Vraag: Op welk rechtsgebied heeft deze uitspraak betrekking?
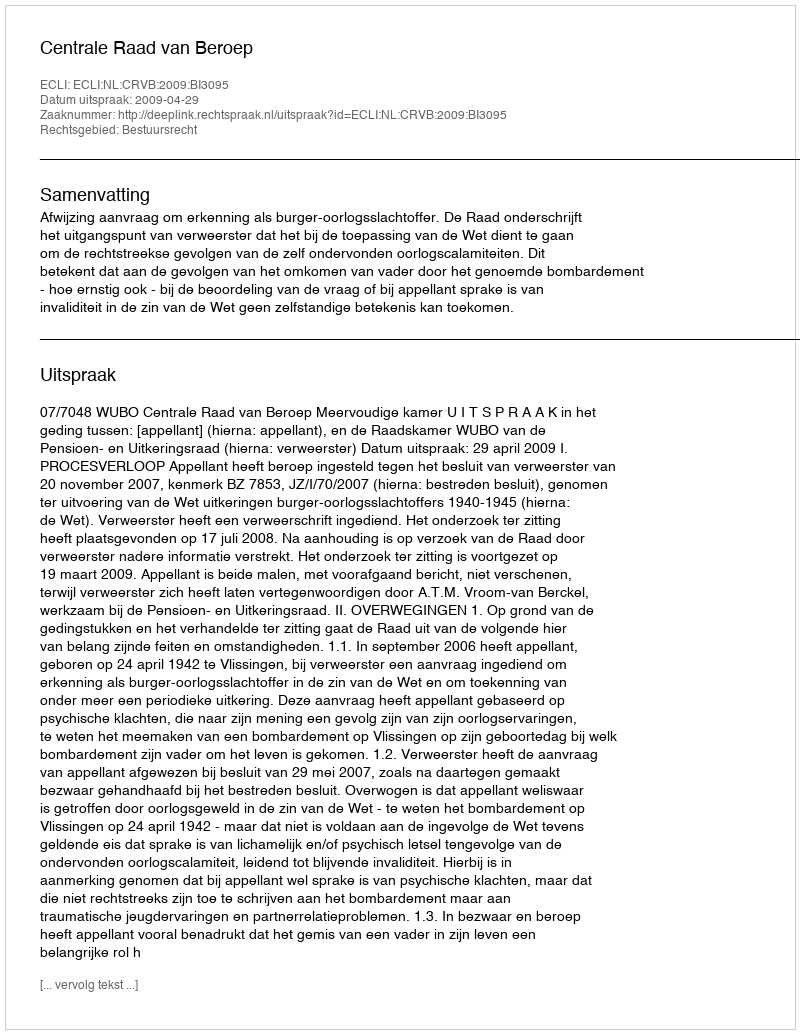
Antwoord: Bestuursrecht